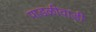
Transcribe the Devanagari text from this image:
पाडळीवाडी